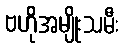
ဗဟိုအမျိုးသမီး